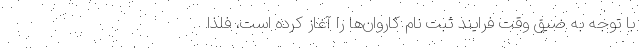
با توجه به ضیق وقت فرایند ثبت نام کاروان‌ها را آغاز کرده است، فلذا